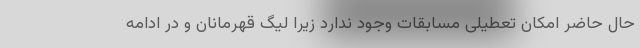
حال حاضر امکان تعطیلی مسابقات وجود ندارد زیرا لیگ قهرمانان و در ادامه